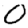
Digit: 0